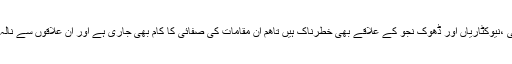
انہوں نے کہاکہ صدر روڈ ،ڈھوک چراغ دین ،پیرودھائی ،نیوکٹاریاں اور ڈھوک نجو کے علاقے بھی خطرناک ہیں تاھم ان مقامات کی صفائی کا کام بھی جاری ہے اور ان علاقوں سے نالہ لئی کی مکمل صفائی کے کام کو جلد نمٹا لیا جائے گا ۔